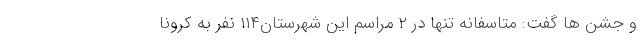
و جشن ها گفت: متاسفانه تنها در ۲ مراسم این شهرستان۱۱۴ نفر به کرونا